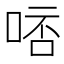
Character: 𠵠